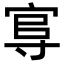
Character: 𡬮